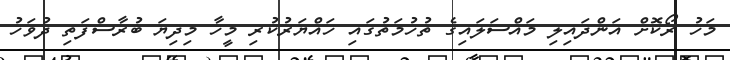
މަހު ރޯކޮށް އަންދައިލި މައްސަލައިގެ ތުހުމަތުގައި ހައްޔަރުކުރި މީހާ މިދިޔަ ބުރާސްފަތި ދުވަހު